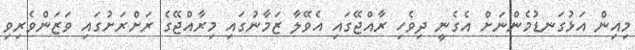
މިއިން އަޅުގަނޑުމެންނަށް އެގެނީ ދިވެހި ރާއްޖޭގައި އެވޭލާ ޒަމާނުގައި މިރާއްޖޭގެ ރަށްރަށުގައި ވަޒަންވެރިވި